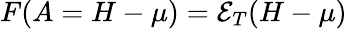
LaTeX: {F(A=H-\mu)=\mathcal E_{T}(H-\mu)}